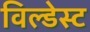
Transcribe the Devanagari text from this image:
विल्डेस्ट